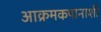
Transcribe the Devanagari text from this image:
आक्रमकपानाशी